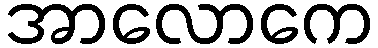
အာလောကေ